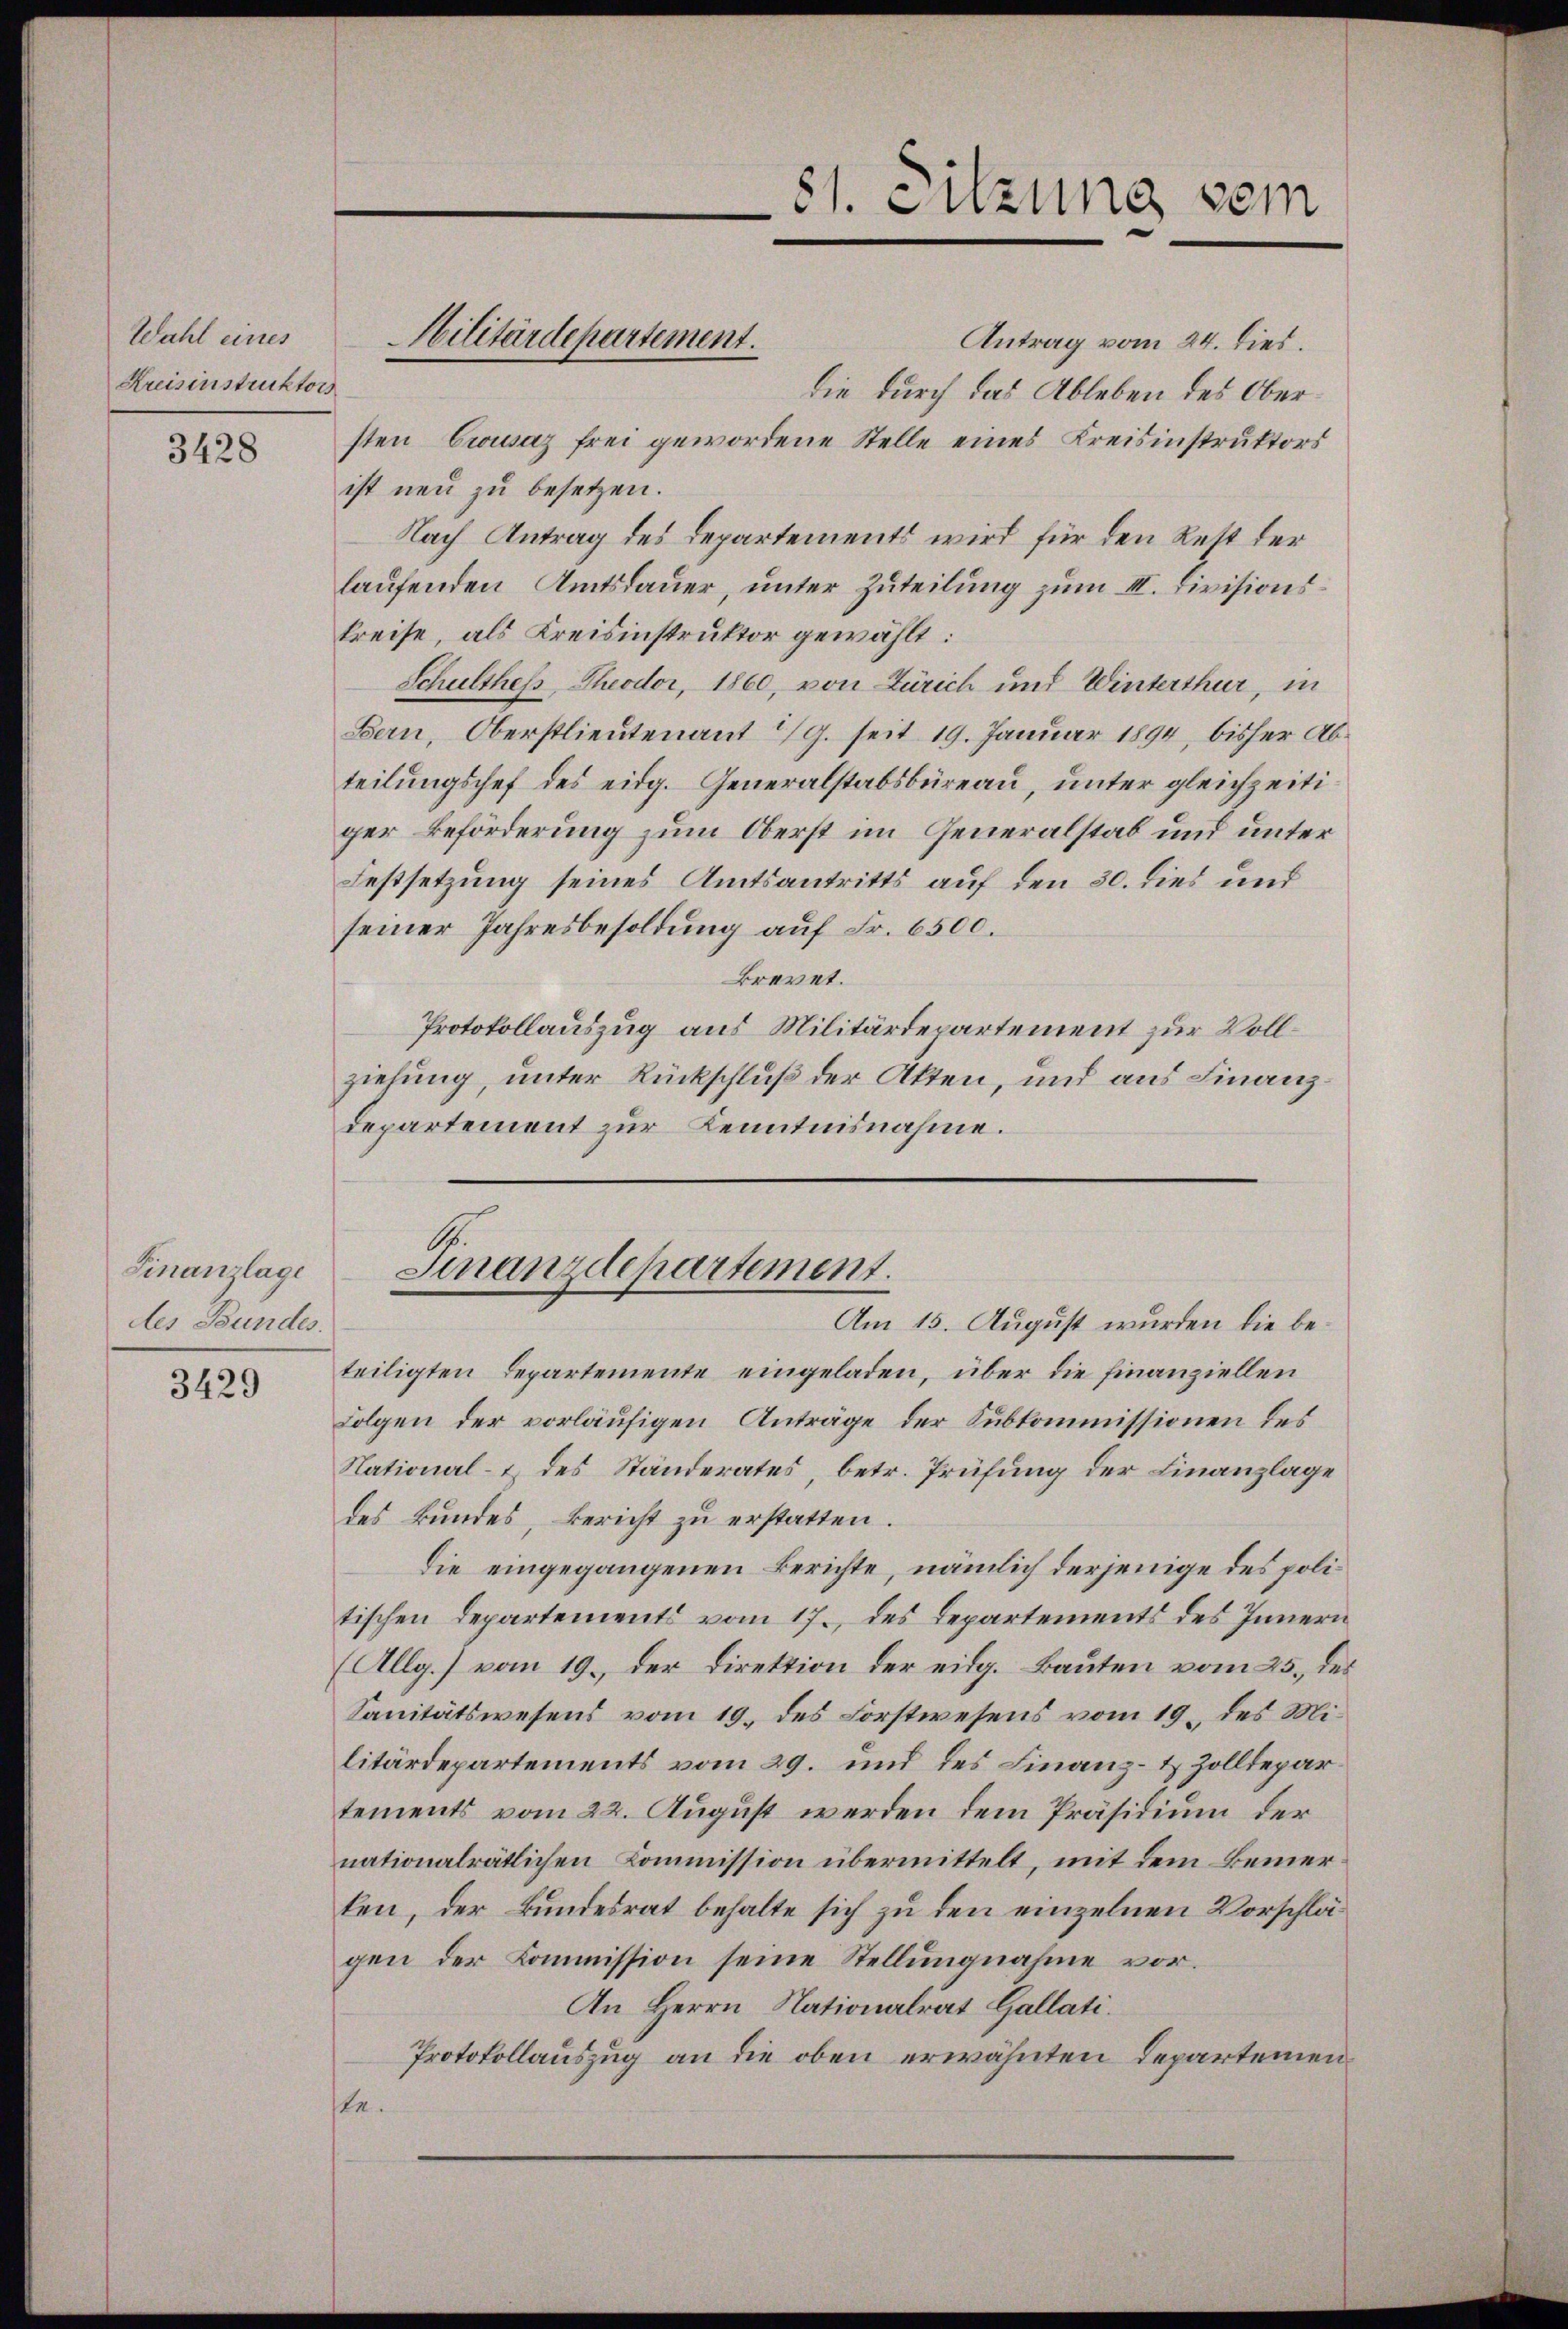
Wahl eines
Kreisinstruktors

3428

Finanzlage
des Bundes.

3429

Antrag vom 24. dies.
die durch das Ableben des Obersten Crousaz frei gewordene Stelle eines Kreisinstruktors
ist neu zu besetzen.
Nach Antrag des Departements wird für den Rest der
laufenden Amtsdauer, unter Zuteilung zum III. Divisionskreise, als Kreisinstruktor gewählt:
Schulthess, Theodor, 1860, von Zürich und Winterthur, in
Bern, Oberstlieutenant 1/9. seit 19. Januar 1894, bisher Abteilungschef des eidg. Generalstabsbureau, unter gleichzeitiger Beförderung zum Oberst im Generalstab und unter
Festsetzung seines Amtsantritts auf den 30. dies und
seiner Jahresbesoldung auf Fr. 6500.
Brevet.
Protokollauszug aus Militärdepartement zur Vollziehung, unter Rückschluß der Akten, und aus Finanzdepartement zur Kenntnisnahme.

Militärdepartement.

81. Sitzung vom

Finanzdepartement.
Am 15. August wurden die be¬

teiligten Departemente eingeladen, über die Finanziellen
Folgen der vorläufigen Anträge der Subkommissionen des
National- & des Ständerates, betr. Prüfung der Finanzlage
des kundes, bericht zu erstatten.
die eingegangenen Berichte, nämlich derjenige des politischen Departements vom 17. des Departements des Innern
(Allg.) vom 19. der Direktion der eidg. Bauten vom 25. des
Sanitätswesens vom 19. des Forstwesens vom 19. des Militärdepartements vom 29. und des Finanz- & Zolldepar
tements vom 22. August werden dem Präsidium der
nationalrätlichen Kommission übermittelt, mit dem Beiner
ten, der Bundesrat behalte sich zu den einzelnen Vorschlägen der Kommission seine Stellungnahme vor.
An Herrn Nationalrat Gallati.
Protokollauszug an die oben erwähnten Departemenste.